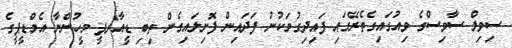
ސިވިލް ސާވިސްގެ ވިއުގައިގެތެރޭގައި ފައިދިގުމަކުނު ފަދައިން ފޮށިލައިގެން ތިބި ޑީއާރޕީ މީހުންނާ އެމްޑީޕީގެ